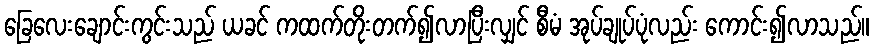
ခြေလေးချောင်းကွင်းသည် ယခင် ကထက်တိုးတက်၍လာပြီးလျှင် စီမံ အုပ်ချုပ်ပုံလည်း ကောင်း၍လာသည်။